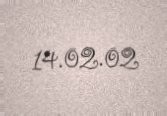
14.02.02